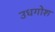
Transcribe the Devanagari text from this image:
उधगोश